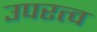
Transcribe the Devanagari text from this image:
उपरत्व